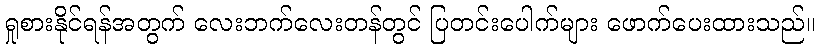
ရှုစားနိုင်ရန်အတွက် လေးဘက်လေးတန်တွင် ပြတင်းပေါက်များ ဖောက်ပေးထားသည်။